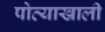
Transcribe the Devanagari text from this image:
पोत्याखाली